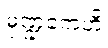
မုဏ္ဍကေဟိ